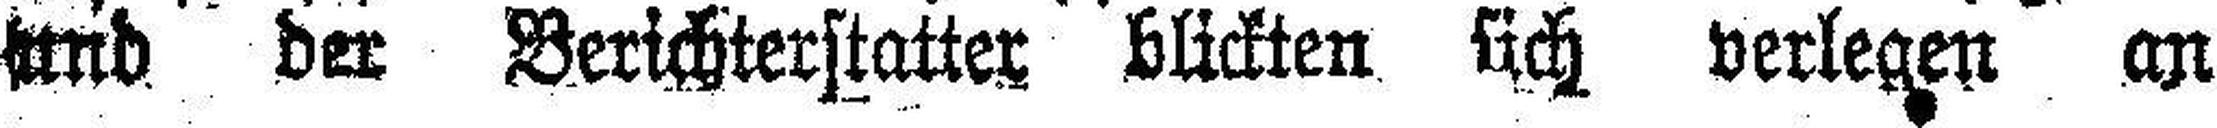
und der Berichterstatter blickten sich verlegen an